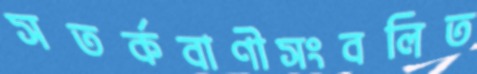
সতর্কবাণীসংবলিত